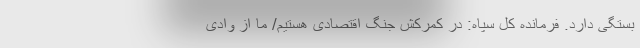
بستگی دارد. فرمانده کل سپاه: در کمرکش جنگ اقتصادی هستیم/ ما از وادی